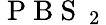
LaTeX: \mathrm{~P~B~S~}_{\mathrm{~2~}}